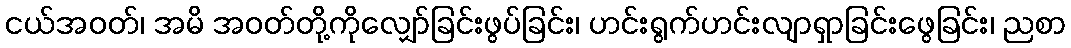
ငယ်အဝတ်၊ အမိ အဝတ်တို့ကိုလျှော်ခြင်းဖွပ်ခြင်း၊ ဟင်းရွက်ဟင်းလျာရှာခြင်းဖွေခြင်း၊ ညစာ